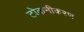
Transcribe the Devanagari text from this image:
टोकनीकरण